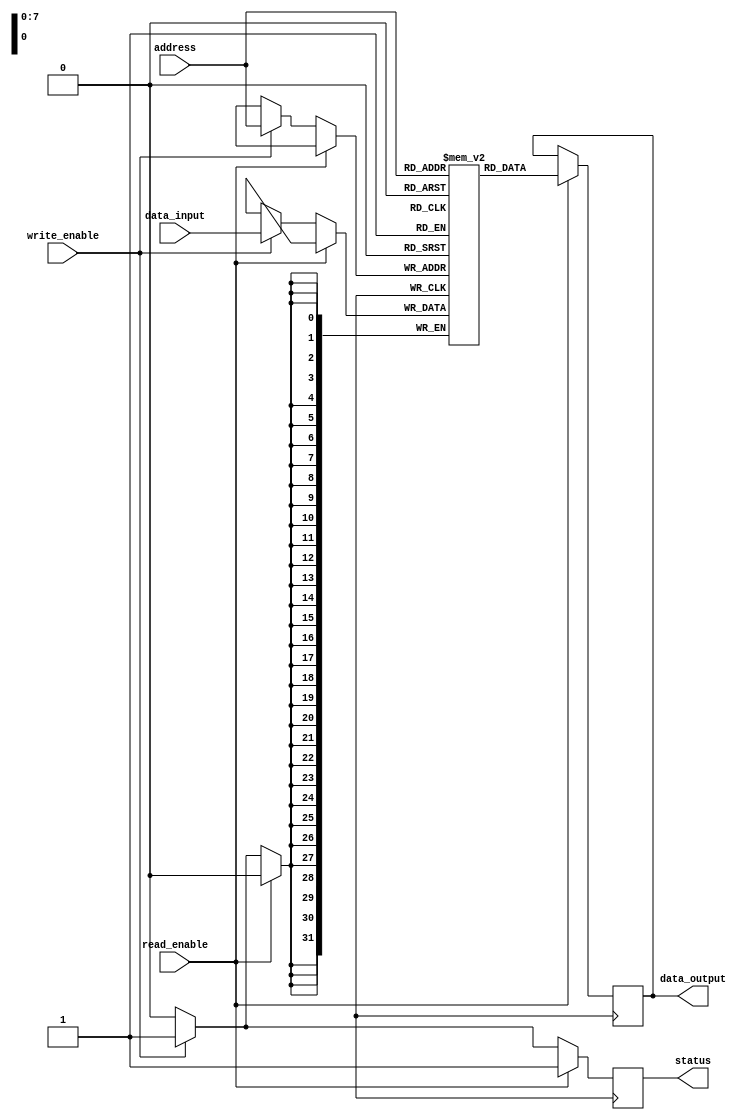
module MemoryBlocks (
    input [7:0] address,
    input write_enable,
    input read_enable,
    input [31:0] data_input,
    output reg [31:0] data_output,
    output reg status
);

reg [31:0] memory[255:0];

always @ (posedge clk) begin
    if (read_enable) begin
        data_output <= memory[address];
        status <= 1'b1;
    end else if (write_enable) begin
        memory[address] <= data_input;
        status <= 1'b1;
    end else begin
        status <= 1'b0;
    end
end

endmodule